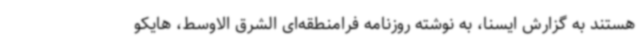
هستند به گزارش ایسنا، به نوشته روزنامه فرامنطقه‌ای الشرق الاوسط، هایکو